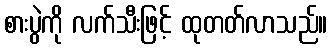
စားပွဲကို လက်သီးဖြင့် ထုတတ်လာသည်။